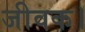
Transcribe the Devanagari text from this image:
जीवक।